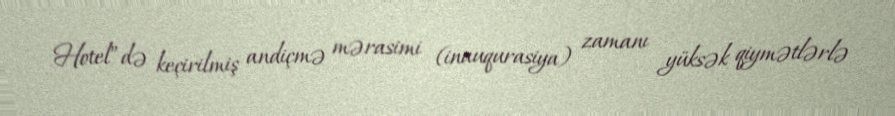
Hotel”də keçirilmiş andiçmə mərasimi (inauqurasiya) zamanı yüksək qiymətlərlə